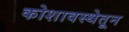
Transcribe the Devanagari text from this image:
कोशावस्थेतून